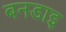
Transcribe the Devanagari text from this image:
बनडाइ